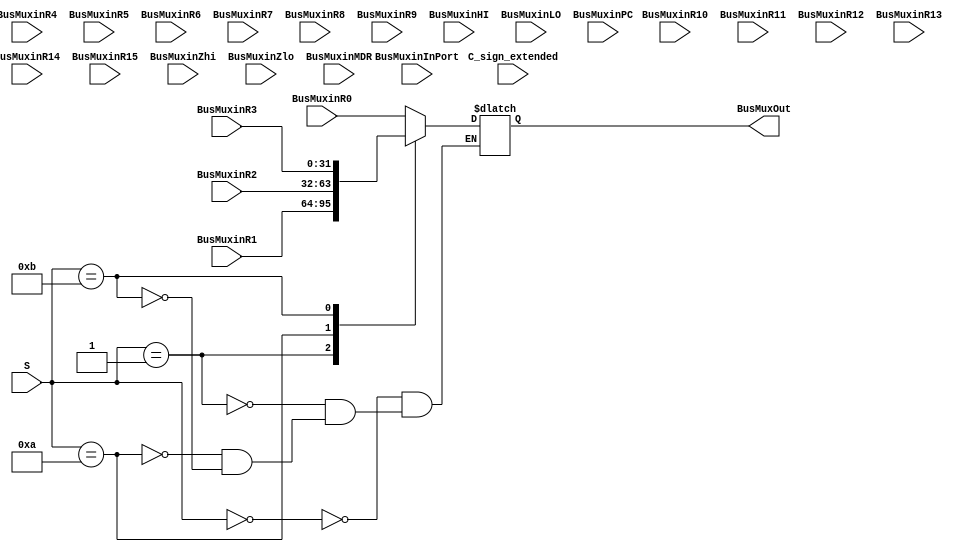
`timescale 1ns/10ps
module BusMux (
	output reg	[31:0] BusMuxOut,
	input		[31:0] BusMuxinR0, BusMuxinR1, BusMuxinR2, BusMuxinR3, BusMuxinR4, BusMuxinR5, BusMuxinR6, BusMuxinR7, BusMuxinR8, BusMuxinR9, BusMuxinR10, BusMuxinR11, BusMuxinR12, BusMuxinR13, BusMuxinR14, BusMuxinR15, 
	input 	[31:0] BusMuxinHI, BusMuxinLO, BusMuxinZhi, BusMuxinZlo, BusMuxinPC, BusMuxinMDR, BusMuxinInPort, C_sign_extended,
	input		[4:0] S
	);
	always@* //might need to change this always condition
	begin
		case(S)
			00000:	BusMuxOut=BusMuxinR0;
			00001:	BusMuxOut=BusMuxinR1;
			00010:	BusMuxOut=BusMuxinR2;
			00011:	BusMuxOut=BusMuxinR3;
			00100:	BusMuxOut=BusMuxinR4;
			00101:	BusMuxOut=BusMuxinR5;
			00110:	BusMuxOut=BusMuxinR6;
			00111:	BusMuxOut=BusMuxinR7;
			01000:	BusMuxOut=BusMuxinR8;
			01001:	BusMuxOut=BusMuxinR9;
			01010:	BusMuxOut=BusMuxinR10;
			01011:	BusMuxOut=BusMuxinR11;
			01100:	BusMuxOut=BusMuxinR12;
			01101:	BusMuxOut=BusMuxinR13;
			01110:	BusMuxOut=BusMuxinR14;
			01111:	BusMuxOut=BusMuxinR15;
			10000:	BusMuxOut=BusMuxinHI;
			10001:	BusMuxOut=BusMuxinLO;
			10010:	BusMuxOut=BusMuxinZhi;
			10011:	BusMuxOut=BusMuxinZlo;
			10100:	BusMuxOut=BusMuxinPC;
			10101:	BusMuxOut=BusMuxinMDR;
			10110:	BusMuxOut=BusMuxinInPort;
			10111:	BusMuxOut=C_sign_extended;
		endcase
	end

endmodule